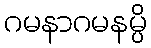
ဂမနာဂမနမ္ပိ